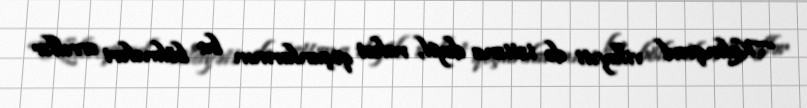
“Kalinqrad vilayəti də istisna deyil, raket qoşunlarının bu bölmələri əvvəllər